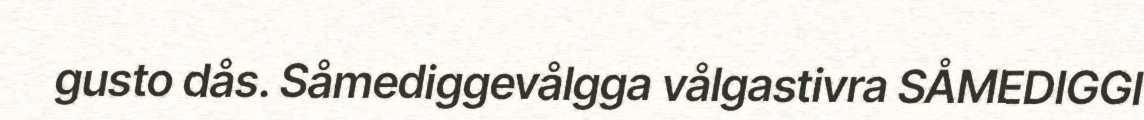
gusto dås. Såmediggevålgga vålgastivra SÅMEDIGGI